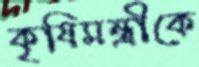
কৃষিমন্ত্রীকে